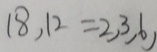
1 8 , 1 2 = 2 , 3 , 6 ,